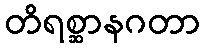
တိရစ္ဆာနဂတာ